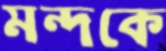
মন্দকে